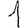
Digit: 1